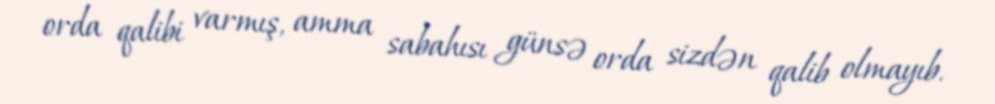
orda qalibi varmış, amma sabahısı günsə orda sizdən qalib olmayıb.